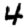
Digit: 4